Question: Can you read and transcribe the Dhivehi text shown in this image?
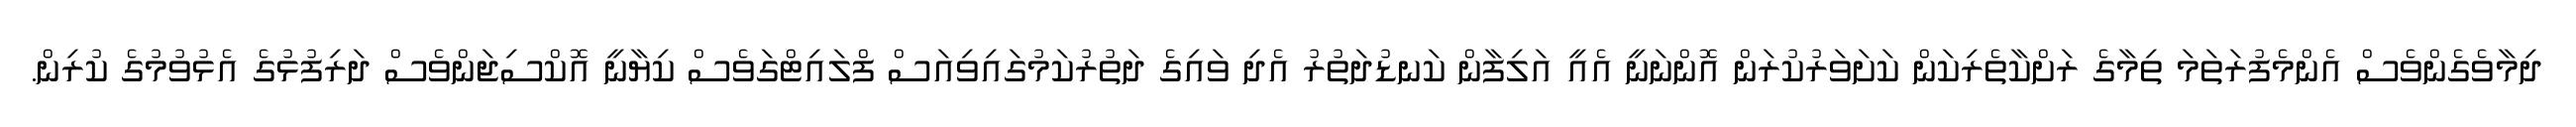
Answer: ދިމާވެގެންވެސް އެންމެފުރަތަމަ ތިމާގެ ރަށްކާތެރިކަން ކަށަވަރުކުރަން އޮންނަނީ އެއީ އަލިފާން ކަނޑުދަތުރު އެދި ވައިގެ ދަތުރުކަމުގައިވިއަސް ފްލައިޓްގަވެސް ކިޔާނީ އޮކްސިޖަންވެސް ދަރިފުޅުގެ އެޅުވުމުގެ ކުރިން.